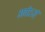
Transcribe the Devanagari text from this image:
अतोऽहं